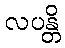
လပန္တိ